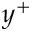
y ^ { + }